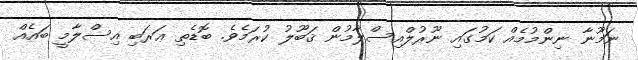
ނަމޫނާ ނިންމުމެއް ކަމުގައި ނޫރުލްއިސްލާމުން ޤަބޫލު ކުރަމެވެ. ބޮޑެތި ޢަރަބި އިސްލާމީ ބައެއް